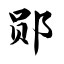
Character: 郧